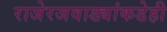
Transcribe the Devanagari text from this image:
राजेरजवाड्यांकडेही